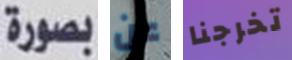
بصورة عن تخرجنا